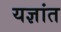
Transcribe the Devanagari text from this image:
यज्ञांत